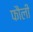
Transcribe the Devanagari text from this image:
फौली